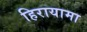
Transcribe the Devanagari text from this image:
हिरायामा